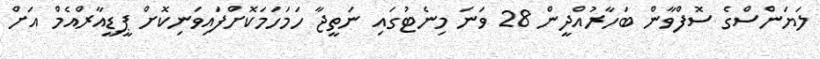
ލަޔަންސްގެ ސޮފްވާން ބަހާރުއްދީން 28 ވަނަ މިނެޓުގައި ނަތީޖާ ހަމަހަމަކޮށްފައިވަނިކޮށް ޕީޑީއާރްއެމް އަށް